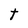
Character: t